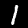
Label: 1